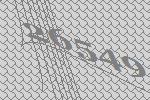
26549